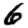
Digit: 6